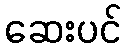
ဆေးပင်